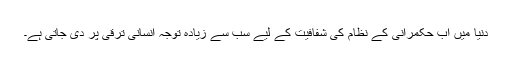
دنیا میں اب حکمرانی کے نظام کی شفافیت کے لیے سب سے زیادہ توجہ انسانی ترقی پر دی جاتی ہے۔